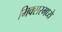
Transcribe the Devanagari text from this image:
मिक्‍सरमध्ये